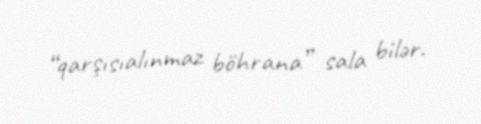
“qarşısıalınmaz böhrana” sala bilər.